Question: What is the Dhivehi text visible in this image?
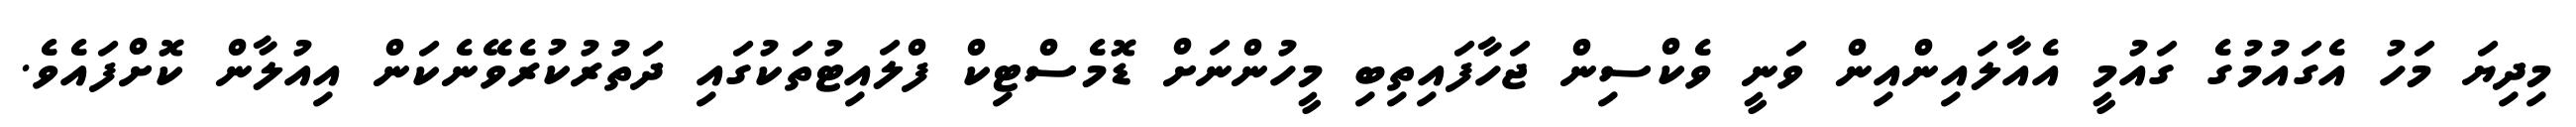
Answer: މިދިޔަ މަހު އެގައުމުގެ ގައުމީ އެއާލައިންއިން ވަނީ ވެކްސިން ޖަހާފައިތިބި މީހުންނަށް ޑޮމެސްޓިކް ފްލައިޓުތަކުގައި ދަތުރުކުރެވޭނެކަން އިއުލާން ކޮށްފައެވެ.